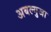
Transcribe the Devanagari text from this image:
अबल्गुजा